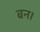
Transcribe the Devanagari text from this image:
बन।